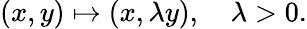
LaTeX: (x,y)\mapsto(x,\lambda y),\quad\lambda>0.